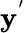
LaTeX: \mathbf{y}^{'}